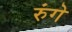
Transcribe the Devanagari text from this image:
रुंगे